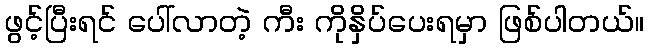
ဖွင့်ပြီးရင် ပေါ်လာတဲ့ ကီး ကိုနှိပ်ပေးရမှာ ဖြစ်ပါတယ်။